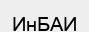
ИнБАИ